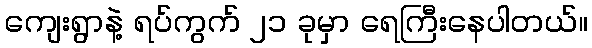
ကျေးရွာနဲ့ ရပ်ကွက် ၂၁ ခုမှာ ရေကြီးနေပါတယ်။